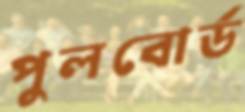
পুলবোর্ড